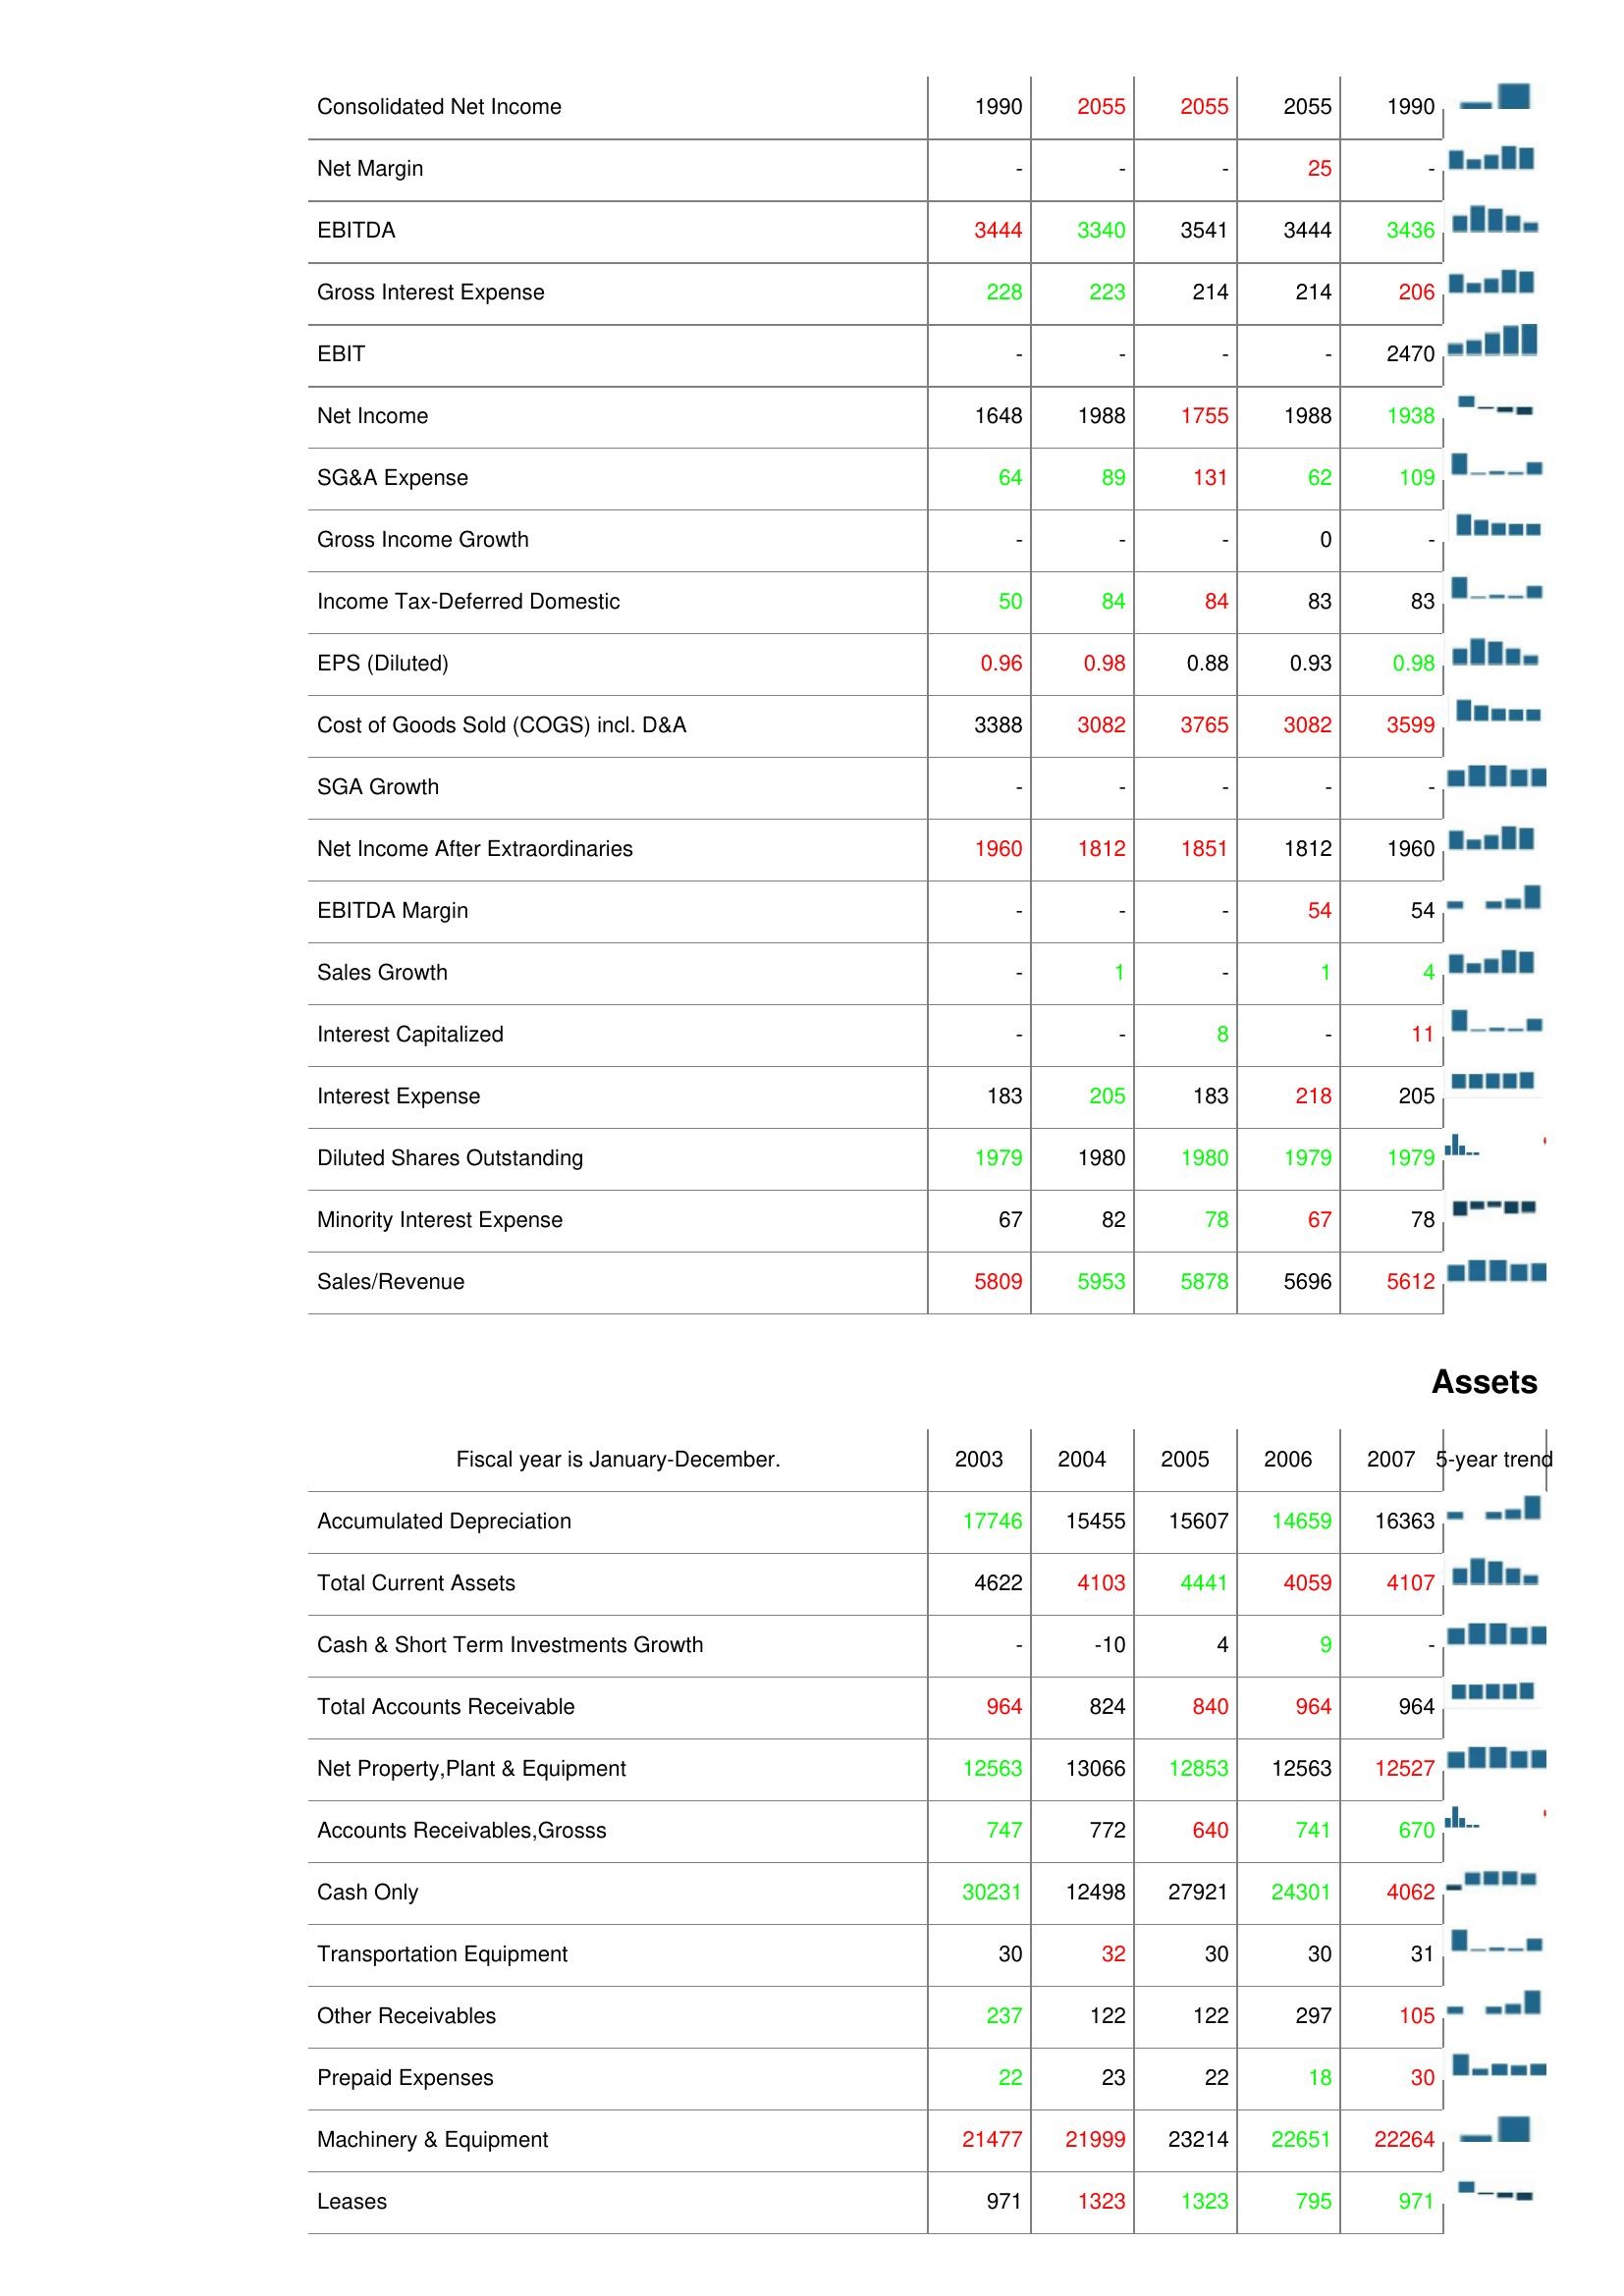
2003: : Consolidated Net Income: 1990
Net Margin: -
EBITDA: 3444
Gross Interest Expense: 228
EBIT: -
Net Income: 1648
SG&A Expense: 64
Gross Income Growth: -
Income Tax-Deferred Domestic: 50
EPS (Diluted): 0.96
Cost of Goods Sold (COGS) incl. D&A: 3388
SGA Growth: -
Net Income After Extraordinaries: 1960
EBITDA Margin: -
Sales Growth: -
Interest Capitalized: -
Interest Expense: 183
Diluted Shares Outstanding: 1979
Minority Interest Expense: 67
Sales/Revenue: 5809
Assets: Accumulated Depreciation: 17746
Total Current Assets: 4622
Cash & Short Term Investments Growth: -
Total Accounts Receivable: 964
Net Property,Plant & Equipment: 12563
Accounts Receivables,Grosss: 747
Cash Only: 30231
Transportation Equipment: 30
Other Receivables: 237
Prepaid Expenses: 22
Machinery & Equipment: 21477
Leases: 971
2004: : Consolidated Net Income: 2055
Net Margin: -
EBITDA: 3340
Gross Interest Expense: 223
EBIT: -
Net Income: 1988
SG&A Expense: 89
Gross Income Growth: -
Income Tax-Deferred Domestic: 84
EPS (Diluted): 0.98
Cost of Goods Sold (COGS) incl. D&A: 3082
SGA Growth: -
Net Income After Extraordinaries: 1812
EBITDA Margin: -
Sales Growth: 1
Interest Capitalized: -
Interest Expense: 205
Diluted Shares Outstanding: 1980
Minority Interest Expense: 82
Sales/Revenue: 5953
Assets: Accumulated Depreciation: 15455
Total Current Assets: 4103
Cash & Short Term Investments Growth: -10
Total Accounts Receivable: 824
Net Property,Plant & Equipment: 13066
Accounts Receivables,Grosss: 772
Cash Only: 12498
Transportation Equipment: 32
Other Receivables: 122
Prepaid Expenses: 23
Machinery & Equipment: 21999
Leases: 1323
2005: : Consolidated Net Income: 2055
Net Margin: -
EBITDA: 3541
Gross Interest Expense: 214
EBIT: -
Net Income: 1755
SG&A Expense: 131
Gross Income Growth: -
Income Tax-Deferred Domestic: 84
EPS (Diluted): 0.88
Cost of Goods Sold (COGS) incl. D&A: 3765
SGA Growth: -
Net Income After Extraordinaries: 1851
EBITDA Margin: -
Sales Growth: -
Interest Capitalized: 8
Interest Expense: 183
Diluted Shares Outstanding: 1980
Minority Interest Expense: 78
Sales/Revenue: 5878
Assets: Accumulated Depreciation: 15607
Total Current Assets: 4441
Cash & Short Term Investments Growth: 4
Total Accounts Receivable: 840
Net Property,Plant & Equipment: 12853
Accounts Receivables,Grosss: 640
Cash Only: 27921
Transportation Equipment: 30
Other Receivables: 122
Prepaid Expenses: 22
Machinery & Equipment: 23214
Leases: 1323
2006: : Consolidated Net Income: 2055
Net Margin: 25
EBITDA: 3444
Gross Interest Expense: 214
EBIT: -
Net Income: 1988
SG&A Expense: 62
Gross Income Growth: 0
Income Tax-Deferred Domestic: 83
EPS (Diluted): 0.93
Cost of Goods Sold (COGS) incl. D&A: 3082
SGA Growth: -
Net Income After Extraordinaries: 1812
EBITDA Margin: 54
Sales Growth: 1
Interest Capitalized: -
Interest Expense: 218
Diluted Shares Outstanding: 1979
Minority Interest Expense: 67
Sales/Revenue: 5696
Assets: Accumulated Depreciation: 14659
Total Current Assets: 4059
Cash & Short Term Investments Growth: 9
Total Accounts Receivable: 964
Net Property,Plant & Equipment: 12563
Accounts Receivables,Grosss: 741
Cash Only: 24301
Transportation Equipment: 30
Other Receivables: 297
Prepaid Expenses: 18
Machinery & Equipment: 22651
Leases: 795
2007: : Consolidated Net Income: 1990
Net Margin: -
EBITDA: 3436
Gross Interest Expense: 206
EBIT: 2470
Net Income: 1938
SG&A Expense: 109
Gross Income Growth: -
Income Tax-Deferred Domestic: 83
EPS (Diluted): 0.98
Cost of Goods Sold (COGS) incl. D&A: 3599
SGA Growth: -
Net Income After Extraordinaries: 1960
EBITDA Margin: 54
Sales Growth: 4
Interest Capitalized: 11
Interest Expense: 205
Diluted Shares Outstanding: 1979
Minority Interest Expense: 78
Sales/Revenue: 5612
Assets: Accumulated Depreciation: 16363
Total Current Assets: 4107
Cash & Short Term Investments Growth: -
Total Accounts Receivable: 964
Net Property,Plant & Equipment: 12527
Accounts Receivables,Grosss: 670
Cash Only: 4062
Transportation Equipment: 31
Other Receivables: 105
Prepaid Expenses: 30
Machinery & Equipment: 22264
Leases: 971